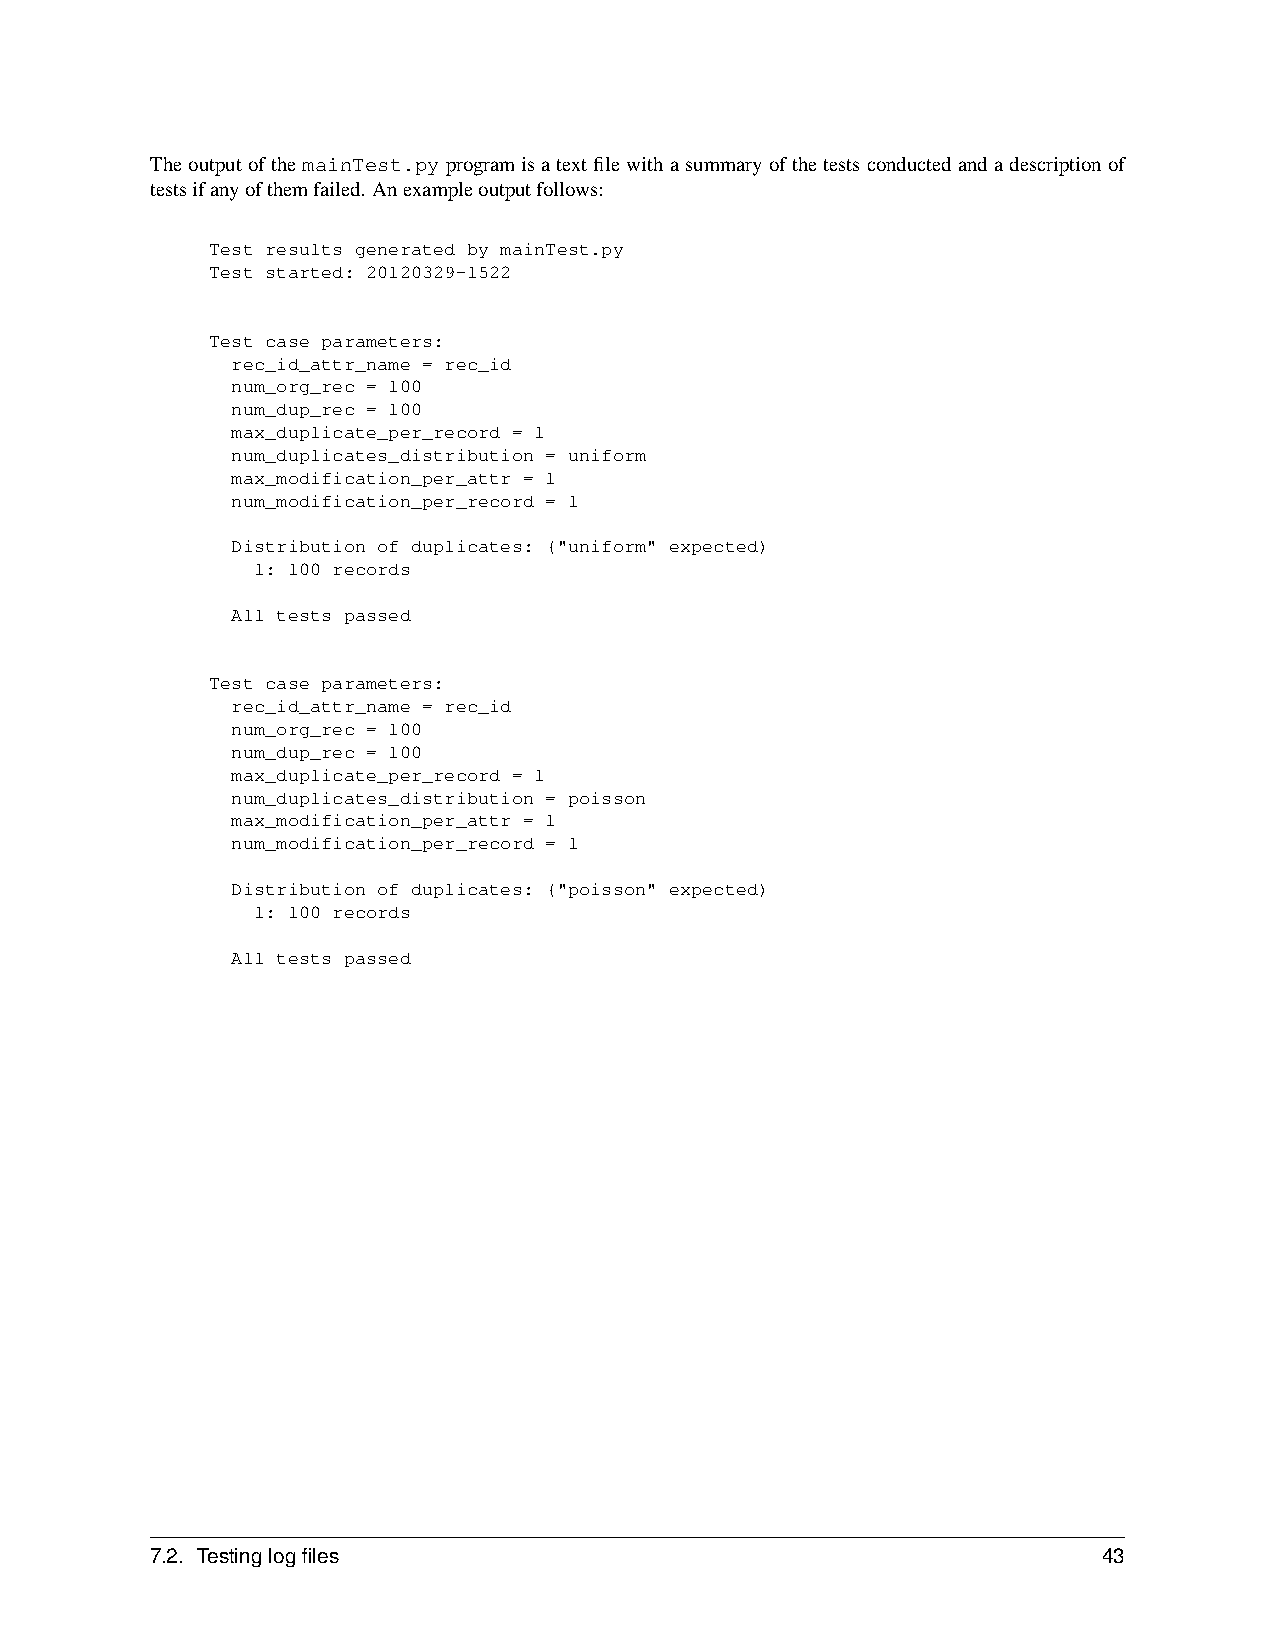
TheoutputofthemainTest.pyprogramisatextfilewithasummaryofthetestsconductedandadescriptionof
 testsifanyofthemfailed. Anexampleoutputfollows:
 Test results generated by mainTest.py
 Test started: 20120329-1522
 Test case parameters:
 rec_id_attr_name = rec_id
 num_org_rec = 100
 num_dup_rec = 100
 max_duplicate_per_record = 1
 num_duplicates_distribution = uniform
 max_modification_per_attr = 1
 num_modification_per_record = 1
 Distribution of duplicates: ("uniform" expected)
 1: 100 records
 All tests passed
 Test case parameters:
 rec_id_attr_name = rec_id
 num_org_rec = 100
 num_dup_rec = 100
 max_duplicate_per_record = 1
 num_duplicates_distribution = poisson
 max_modification_per_attr = 1
 num_modification_per_record = 1
 Distribution of duplicates: ("poisson" expected)
 1: 100 records
 All tests passed
 7.2. Testinglogfiles                                           43